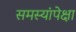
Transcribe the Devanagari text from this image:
समस्यांपेक्षा